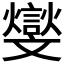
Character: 𣁧